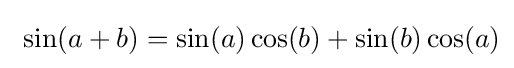
\ \sin(a+b)=\sin(a)\cos(b)+\sin(b)\cos(a)